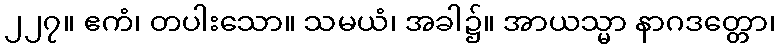
၂၂၇။ ဧကံ၊ တပါးသော။ သမယံ၊ အခါ၌။ အာယသ္မာ နာဂဒတ္တော၊